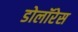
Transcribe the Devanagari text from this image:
डोलॉरेस